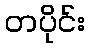
တပိုင်း